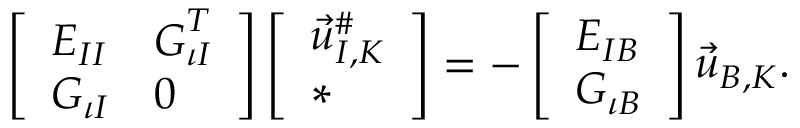
\begin{array} { r } { \left[ \begin{array} { l l } { \boldsymbol { E } _ { I I } } & { \boldsymbol { G } _ { \iota I } ^ { T } } \\ { \boldsymbol { G } _ { \iota I } } & { \boldsymbol { 0 } } \end{array} \right] \left[ \begin{array} { l } { \vec { u } _ { I , K } ^ { \# } } \\ { * } \end{array} \right] = - \left[ \begin{array} { l } { \boldsymbol { E } _ { I B } } \\ { \boldsymbol { G } _ { \iota B } } \end{array} \right] \vec { u } _ { B , K } . } \end{array}